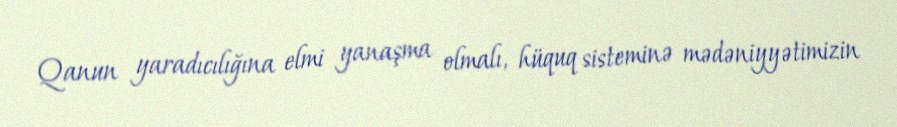
Qanun yaradıcılığına elmi yanaşma olmalı, hüquq sisteminə mədəniyyətimizin